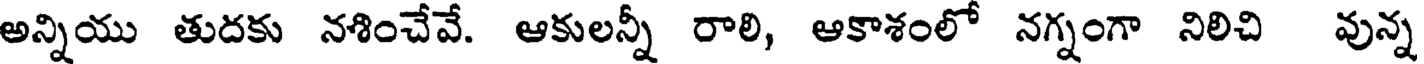
అన్నియు తుదకు నశించేవే. ఆకులన్నీ రాలి, అకాశంలో నగ్నంగా నిలిచి వున్న